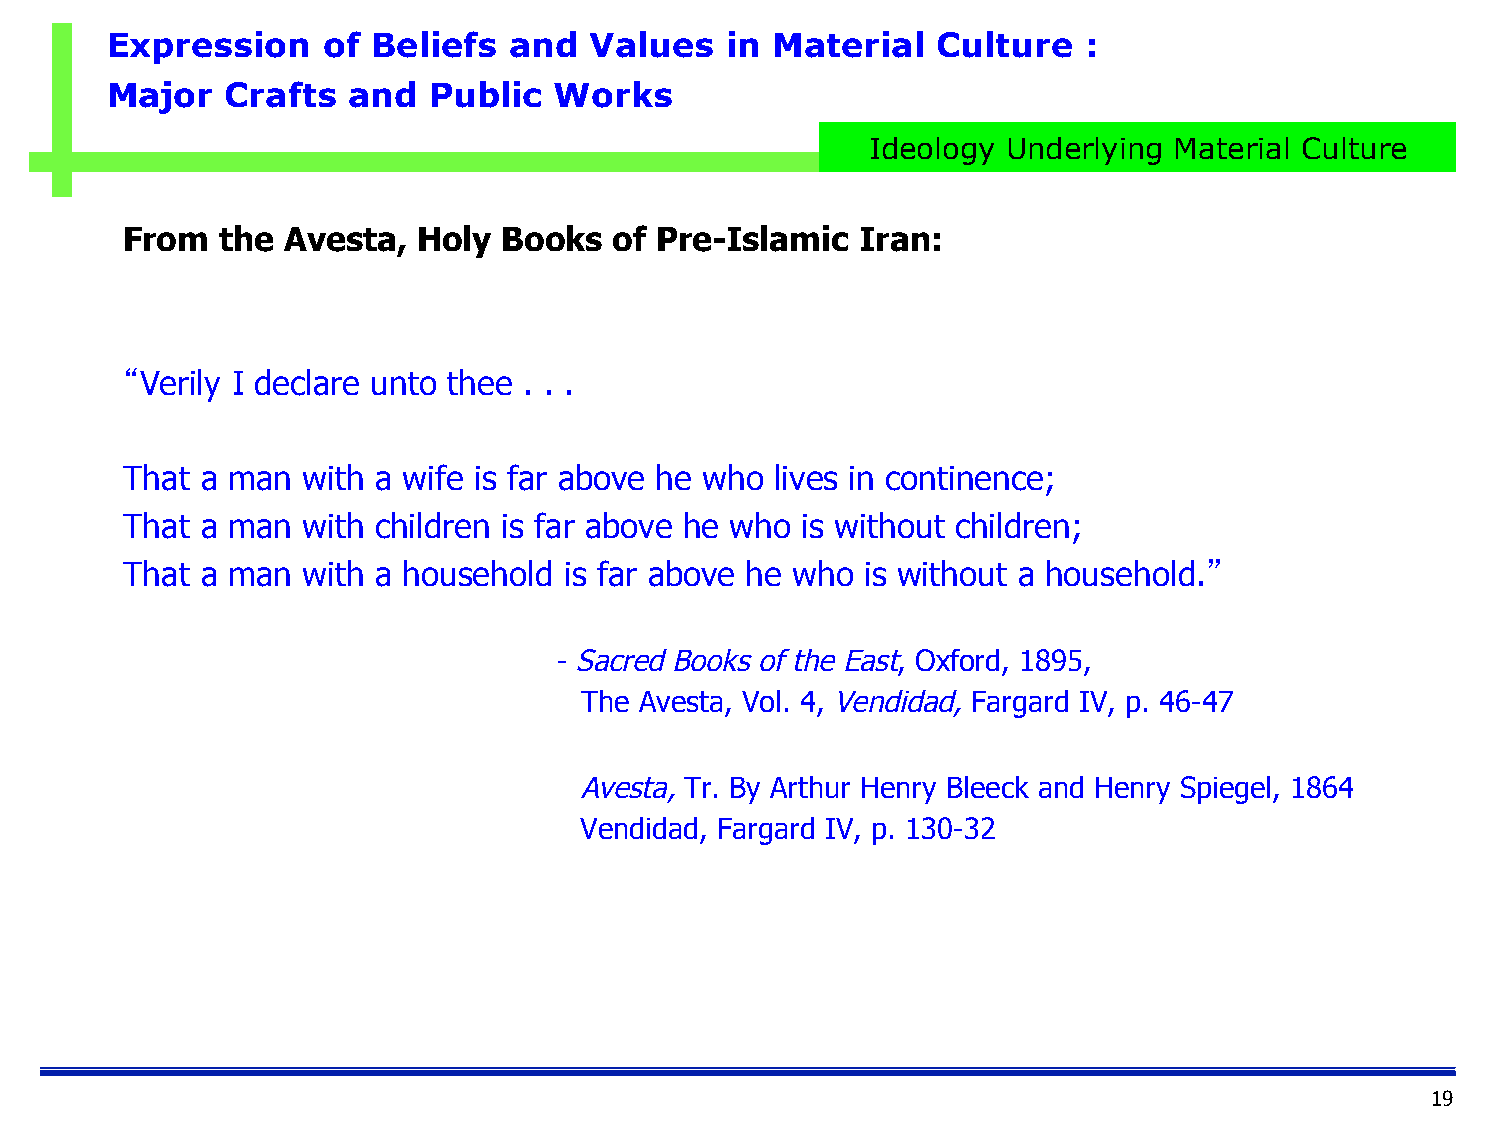
Expression    of  Beliefs  and  Values   in Material   Culture   :
 Major   Crafts  and  Public   Works
 Ideology Underlying Material Culture
 From   the Avesta,  Holy Books   of Pre-Islamic  Iran:
 “Verily I declare unto thee . . .
 That a man  with a wife is far above he who lives in continence;
 That a man  with children is far above he who is without children;
 That a man  with a household is far above he who is without a household.”
 - Sacred Books of the East, Oxford, 1895,
 The Avesta, Vol. 4, Vendidad, Fargard IV, p. 46-47
 Avesta, Tr. By Arthur Henry Bleeck and Henry Spiegel, 1864
 Vendidad, Fargard IV, p. 130-32
 19